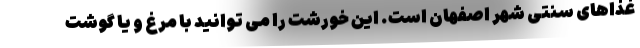
غذاهای سنتی شهر اصفهان است. این خورشت را می توانید با مرغ و یا گوشت